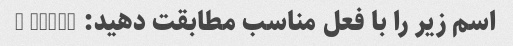
اسم زیر را با فعل مناسب مطابقت دهید: Night -